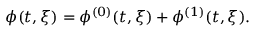
\phi ( t , \xi ) = \phi ^ { ( 0 ) } ( t , \xi ) + \phi ^ { ( 1 ) } ( t , \xi ) .